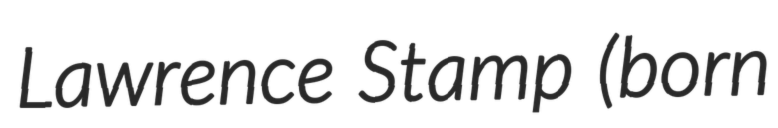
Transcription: Lawrence Stamp (born